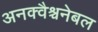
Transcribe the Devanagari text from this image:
अनक्वैश्चनेबल